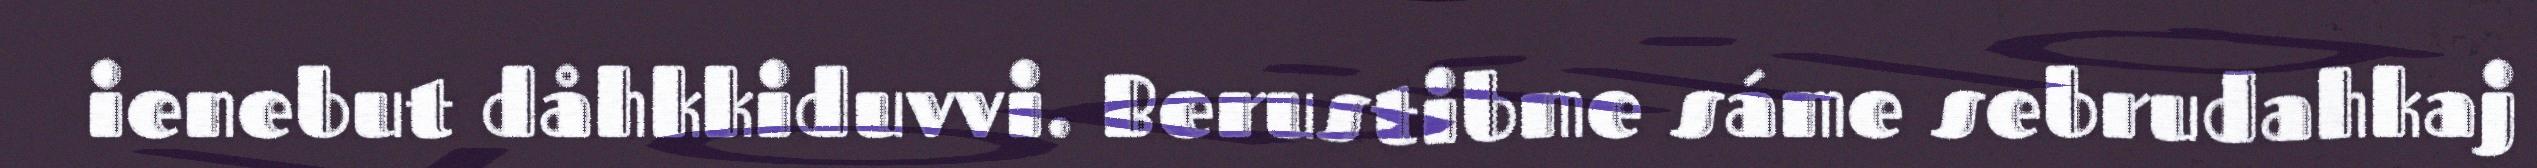
ienebut dåhkkiduvvi. Berustibme sáme sebrudahkaj